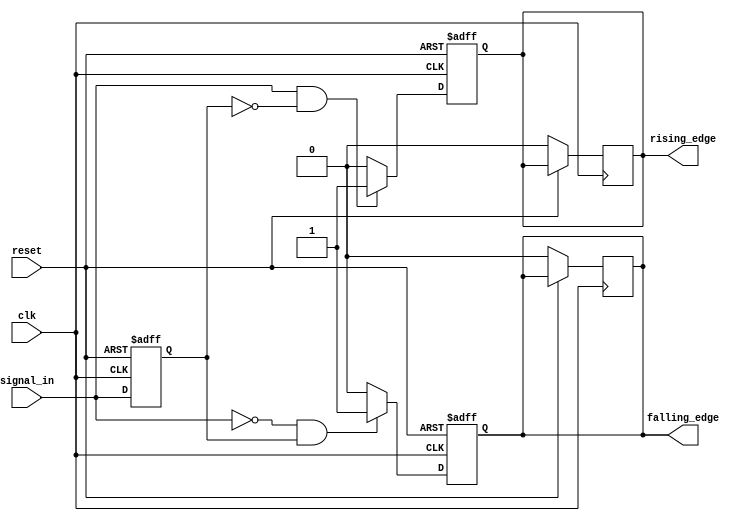
module dual_edge_detector (
    input wire clk,          // Clock signal
    input wire reset,        // Reset signal
    input wire signal_in,    // Input signal
    output reg rising_edge,  // Rising edge output
    output reg falling_edge   // Falling edge output
);

    // Memory block to store the previous state of signal_in
    reg prev_signal;

    // Process to detect edges
    always @(posedge clk or posedge reset) begin
        if (reset) begin
            // Asynchronous reset
            prev_signal <= 1'b0;
            rising_edge <= 1'b0;
            falling_edge <= 1'b0;
        end else begin
            // Edge detection logic
            rising_edge <= (signal_in == 1'b1 && prev_signal == 1'b0) ? 1'b1 : 1'b0;
            falling_edge <= (signal_in == 1'b0 && prev_signal == 1'b1) ? 1'b1 : 1'b0;

            // Store the current state of signal_in in the memory block
            prev_signal <= signal_in;
        end
    end

    // Ensure rising_edge and falling_edge return to 0 after one clock cycle
    always @(posedge clk) begin
        if (!reset) begin
            // Delay the resetting of the edge outputs to next clock cycle
            rising_edge <= rising_edge ? 1'b0 : rising_edge;
            falling_edge <= falling_edge ? 1'b0 : falling_edge;
        end
    end

endmodule